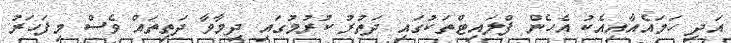
އަދި ހަމައެއާއިއެކު އެހެން ފްލައިޓްތަކުގައި ދަތުރު ކުރުމުގައި ދިމާވާ ދަތިތައް ވެސް މިފަހަރު